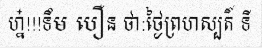
ហ្ន៎!!!ទឹម បឿន ថា:ថ្ងៃព្រហស្បតិ៍ ទី